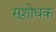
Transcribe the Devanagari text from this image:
स्ंशोधक